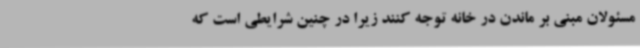
مسئولان مبنی بر ماندن در خانه توجه کنند زیرا در چنین شرایطی است که